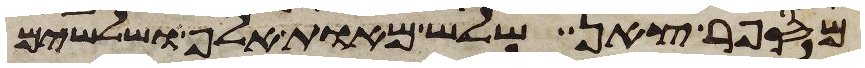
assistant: מספר צאן שלש מאות אלף ושלשים